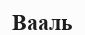
Вааль